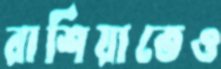
রাশিয়াতেও